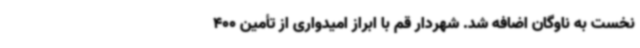
نخست به ناوگان اضافه شد. شهردار قم با ابراز امیدواری از تأمین 400